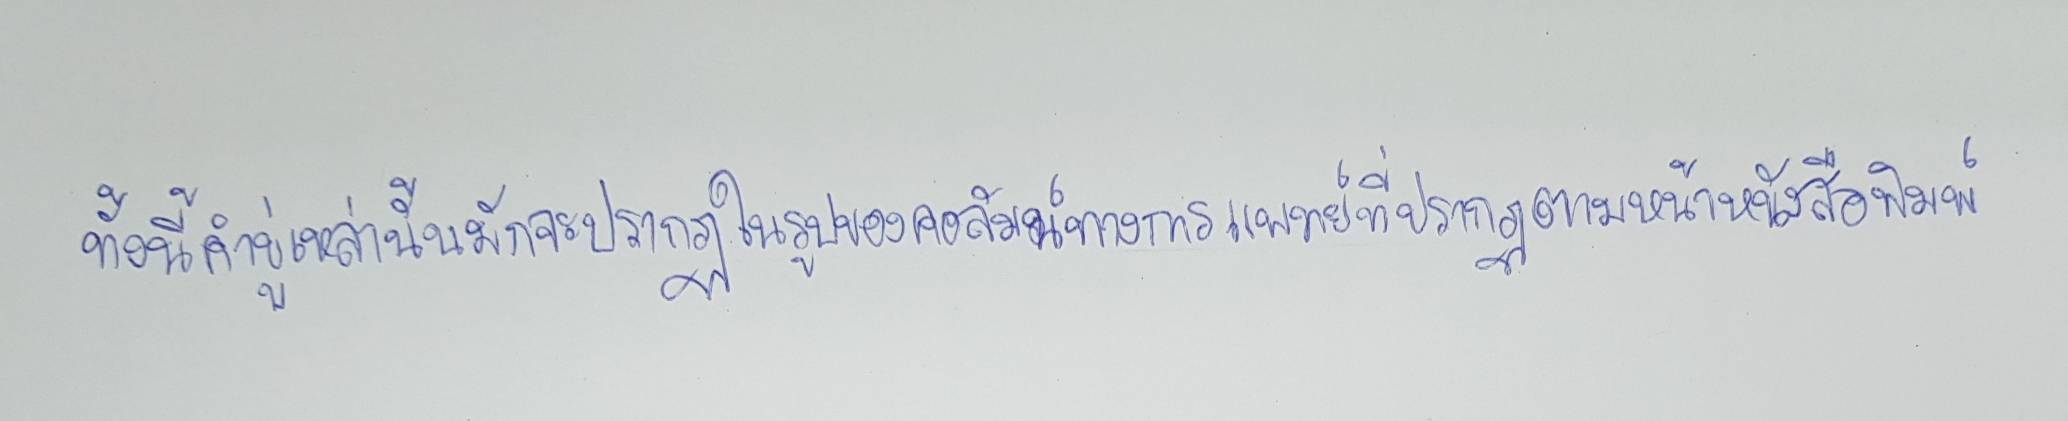
ทั้งนี้คำขู่เหล่านั้นมักจะปรากฏในรูปของคอลัมน์ทางการแพทย์ที่ปรากฏตามหน้าหนังสือพิมพ์